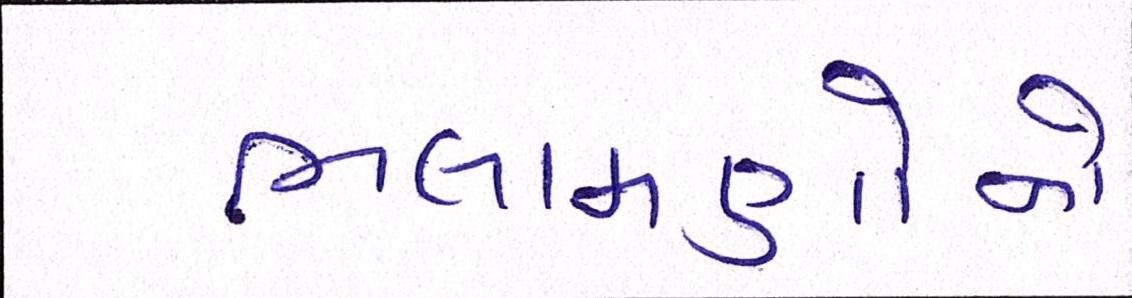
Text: ભલામણોનો